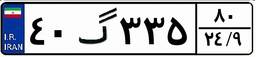
۴۰گ۳۳۵۸۰